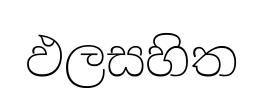
ඵලසහිත